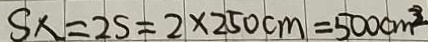
S _ { x } = 2 s = 2 \times 2 5 0 c m = 5 0 0 c m ^ { 3 }